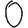
Digit: 0